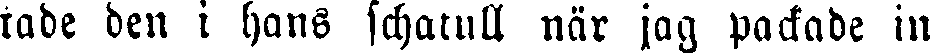
tade den i hans schatull när jag packade in